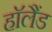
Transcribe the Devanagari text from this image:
हाॅलैंड